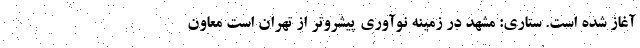
آغاز شده است. ستاری: مشهد در زمینه نوآوری پیشروتر از تهران است معاون